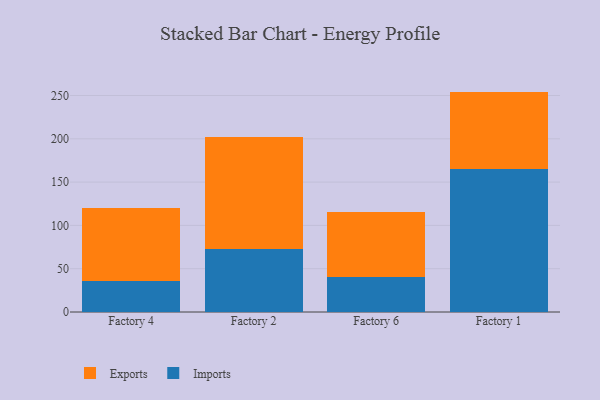
{"axis": {"x": "Factory", "y": "Backlog"}, "legend": ["Exports", "Imports"], "data": [{"x": "Factory 4", "y": 35.5, "type": "Imports"}, {"x": "Factory 4", "y": 84.1, "type": "Exports"}, {"x": "Factory 2", "y": 72.3, "type": "Imports"}, {"x": "Factory 2", "y": 130.2, "type": "Exports"}, {"x": "Factory 6", "y": 40.1, "type": "Imports"}, {"x": "Factory 6", "y": 74.9, "type": "Exports"}, {"x": "Factory 1", "y": 164.8, "type": "Imports"}, {"x": "Factory 1", "y": 89.7, "type": "Exports"}]}